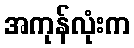
အကုန်လုံးက